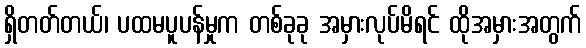
ရှိတတ်တယ်၊ ပထမပူပန်မှုက တစ်ခုခု အမှားလုပ်မိရင် ထိုအမှားအတွက်